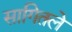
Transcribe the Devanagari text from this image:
सागितले